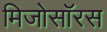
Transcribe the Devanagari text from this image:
मिजोसॉरस